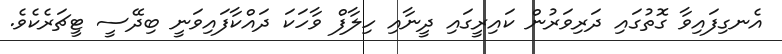
އެނގިފައިވާ ގޮތުގައި ދަރިވަރުން ކައިރީގައި ދީނާއި ހިލާފް ވާހަކަ ދައްކާފައިވަނީ ބިދޭސީ ޓީޗަރެކެވެ.